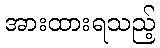
အားထားရသည့်